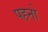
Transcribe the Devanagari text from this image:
पहनो